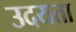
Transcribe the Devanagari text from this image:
उदयता